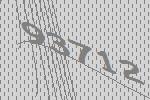
93712